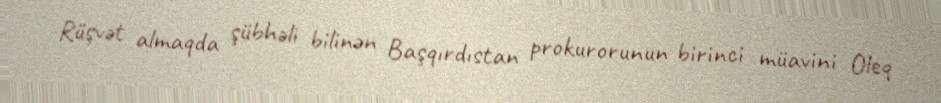
Rüşvət almaqda şübhəli bilinən Başqırdıstan prokurorunun birinci müavini Oleq